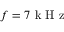
f = 7 \mathrm { ~ k ~ H ~ z ~ }